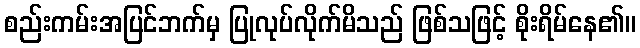
စည်းကမ်းအပြင်ဘက်မှ ပြုလုပ်လိုက်မိသည် ဖြစ်သဖြင့် စိုးရိမ်နေ၏။